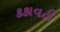
કકાવટી